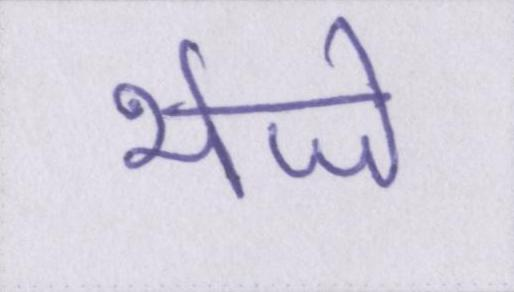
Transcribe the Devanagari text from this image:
भेजे